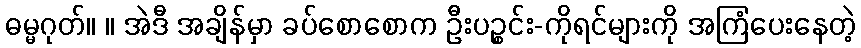
ဓမ္မဂုတ်။ ။ အဲဒီ အချိန်မှာ ခပ်စောစောက ဦးပဉ္စင်း-ကိုရင်များကို အကြံပေးနေတဲ့